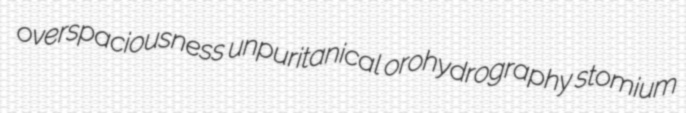
overspaciousness unpuritanical orohydrography stomium